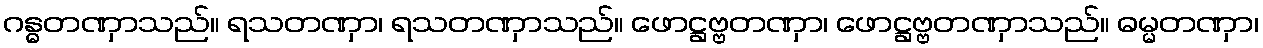
ဂန္ဓတဏှာသည်။ ရသတဏှာ၊ ရသတဏှာသည်။ ဖောဋ္ဌဗ္ဗတဏှာ၊ ဖောဋ္ဌဗ္ဗတဏှာသည်။ ဓမ္မတဏှာ၊